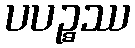
ပပဉ္စဿ